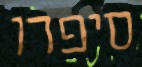
סיפרו